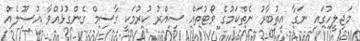
މަޖިލީހުގައި ނަގާ އިތުބާރު ނެތްކަމުގެ ވޯޓުތައް ސިއްރު ކުރުމަކީ ގާސިމް ގެންގުޅުއްވާ އުސޫލެއް